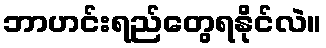
ဘာဟင်းရည်တွေရနိုင်လဲ။